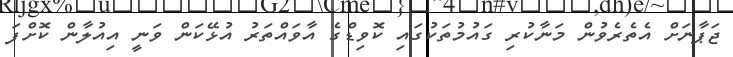
ޖަޕާނަށް އެތެރެވުން މަނާކުރި ގައުމުތަކުގައި ކޮވިޑްގެ އާވައްތަރު އުޅޭކަން ވަނީ އިއުލާން ކޮށްފަ